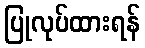
ပြုလုပ်ထားရန်